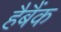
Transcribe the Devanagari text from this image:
हैबैंक